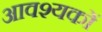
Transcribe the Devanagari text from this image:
आवश्यकों